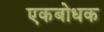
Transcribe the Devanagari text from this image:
एकबोधक